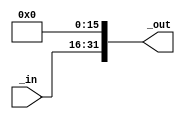
`timescale 1ns/1ps

module upShifter (input [15:0] _in, output reg [31:0] _out);

	always @(*) begin
		_out[15:0] <= 16'h0000;
		_out[31:16] <= _in[15:0];
	end

endmodule